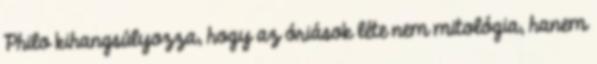
Philo kihangsúlyozza, hogy az óriások léte nem mitológia, hanem